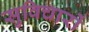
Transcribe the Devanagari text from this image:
सुविचारों